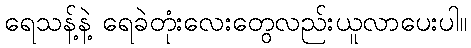
ရေသန့်နဲ့ ရေခဲတုံးလေးတွေလည်းယူလာပေးပါ။